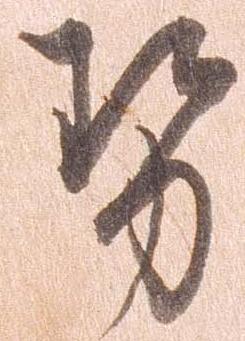
せ